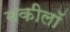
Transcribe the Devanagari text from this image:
वकीलॉ